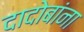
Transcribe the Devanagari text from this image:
दादोबांना